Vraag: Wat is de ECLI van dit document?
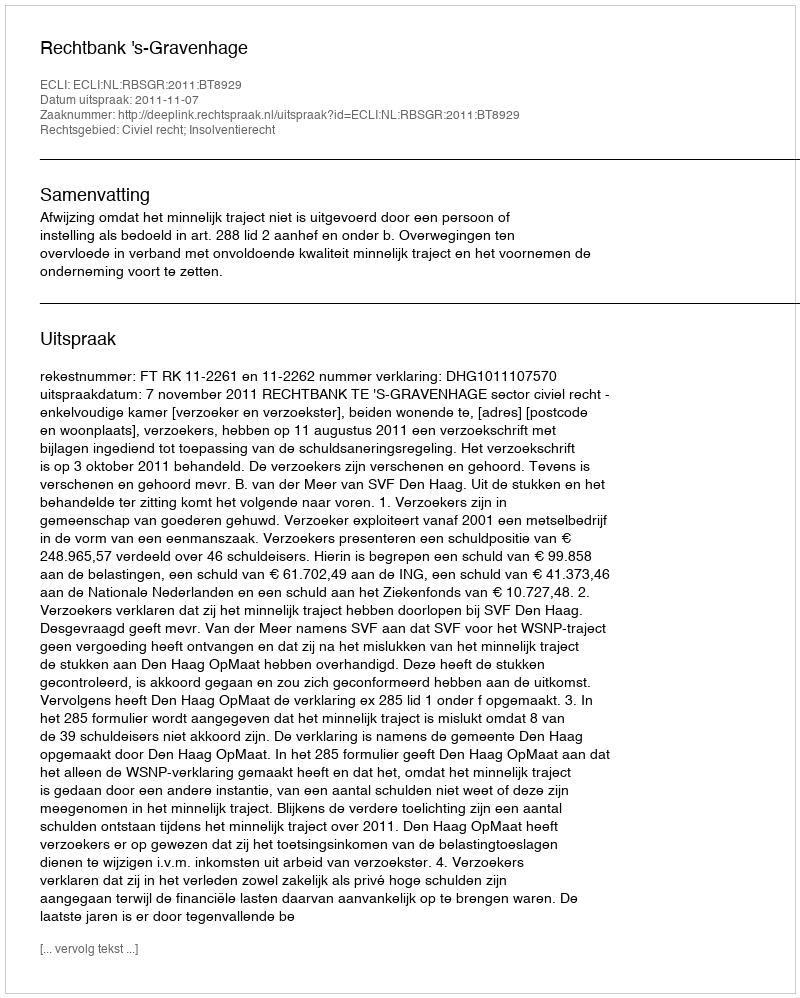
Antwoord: ECLI:NL:RBSGR:2011:BT8929